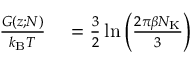
\begin{array} { r l } { \frac { G ( z ; N ) } { k _ { \mathrm { B } } T } } & { { } = \frac { 3 } { 2 } \ln \left( \frac { 2 \pi \beta N _ { \mathrm { K } } } { 3 } \right) } \end{array}